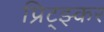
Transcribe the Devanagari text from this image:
प्रिट्झ्कर